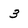
Character: 3